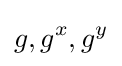
g,g^{x},g^{y}